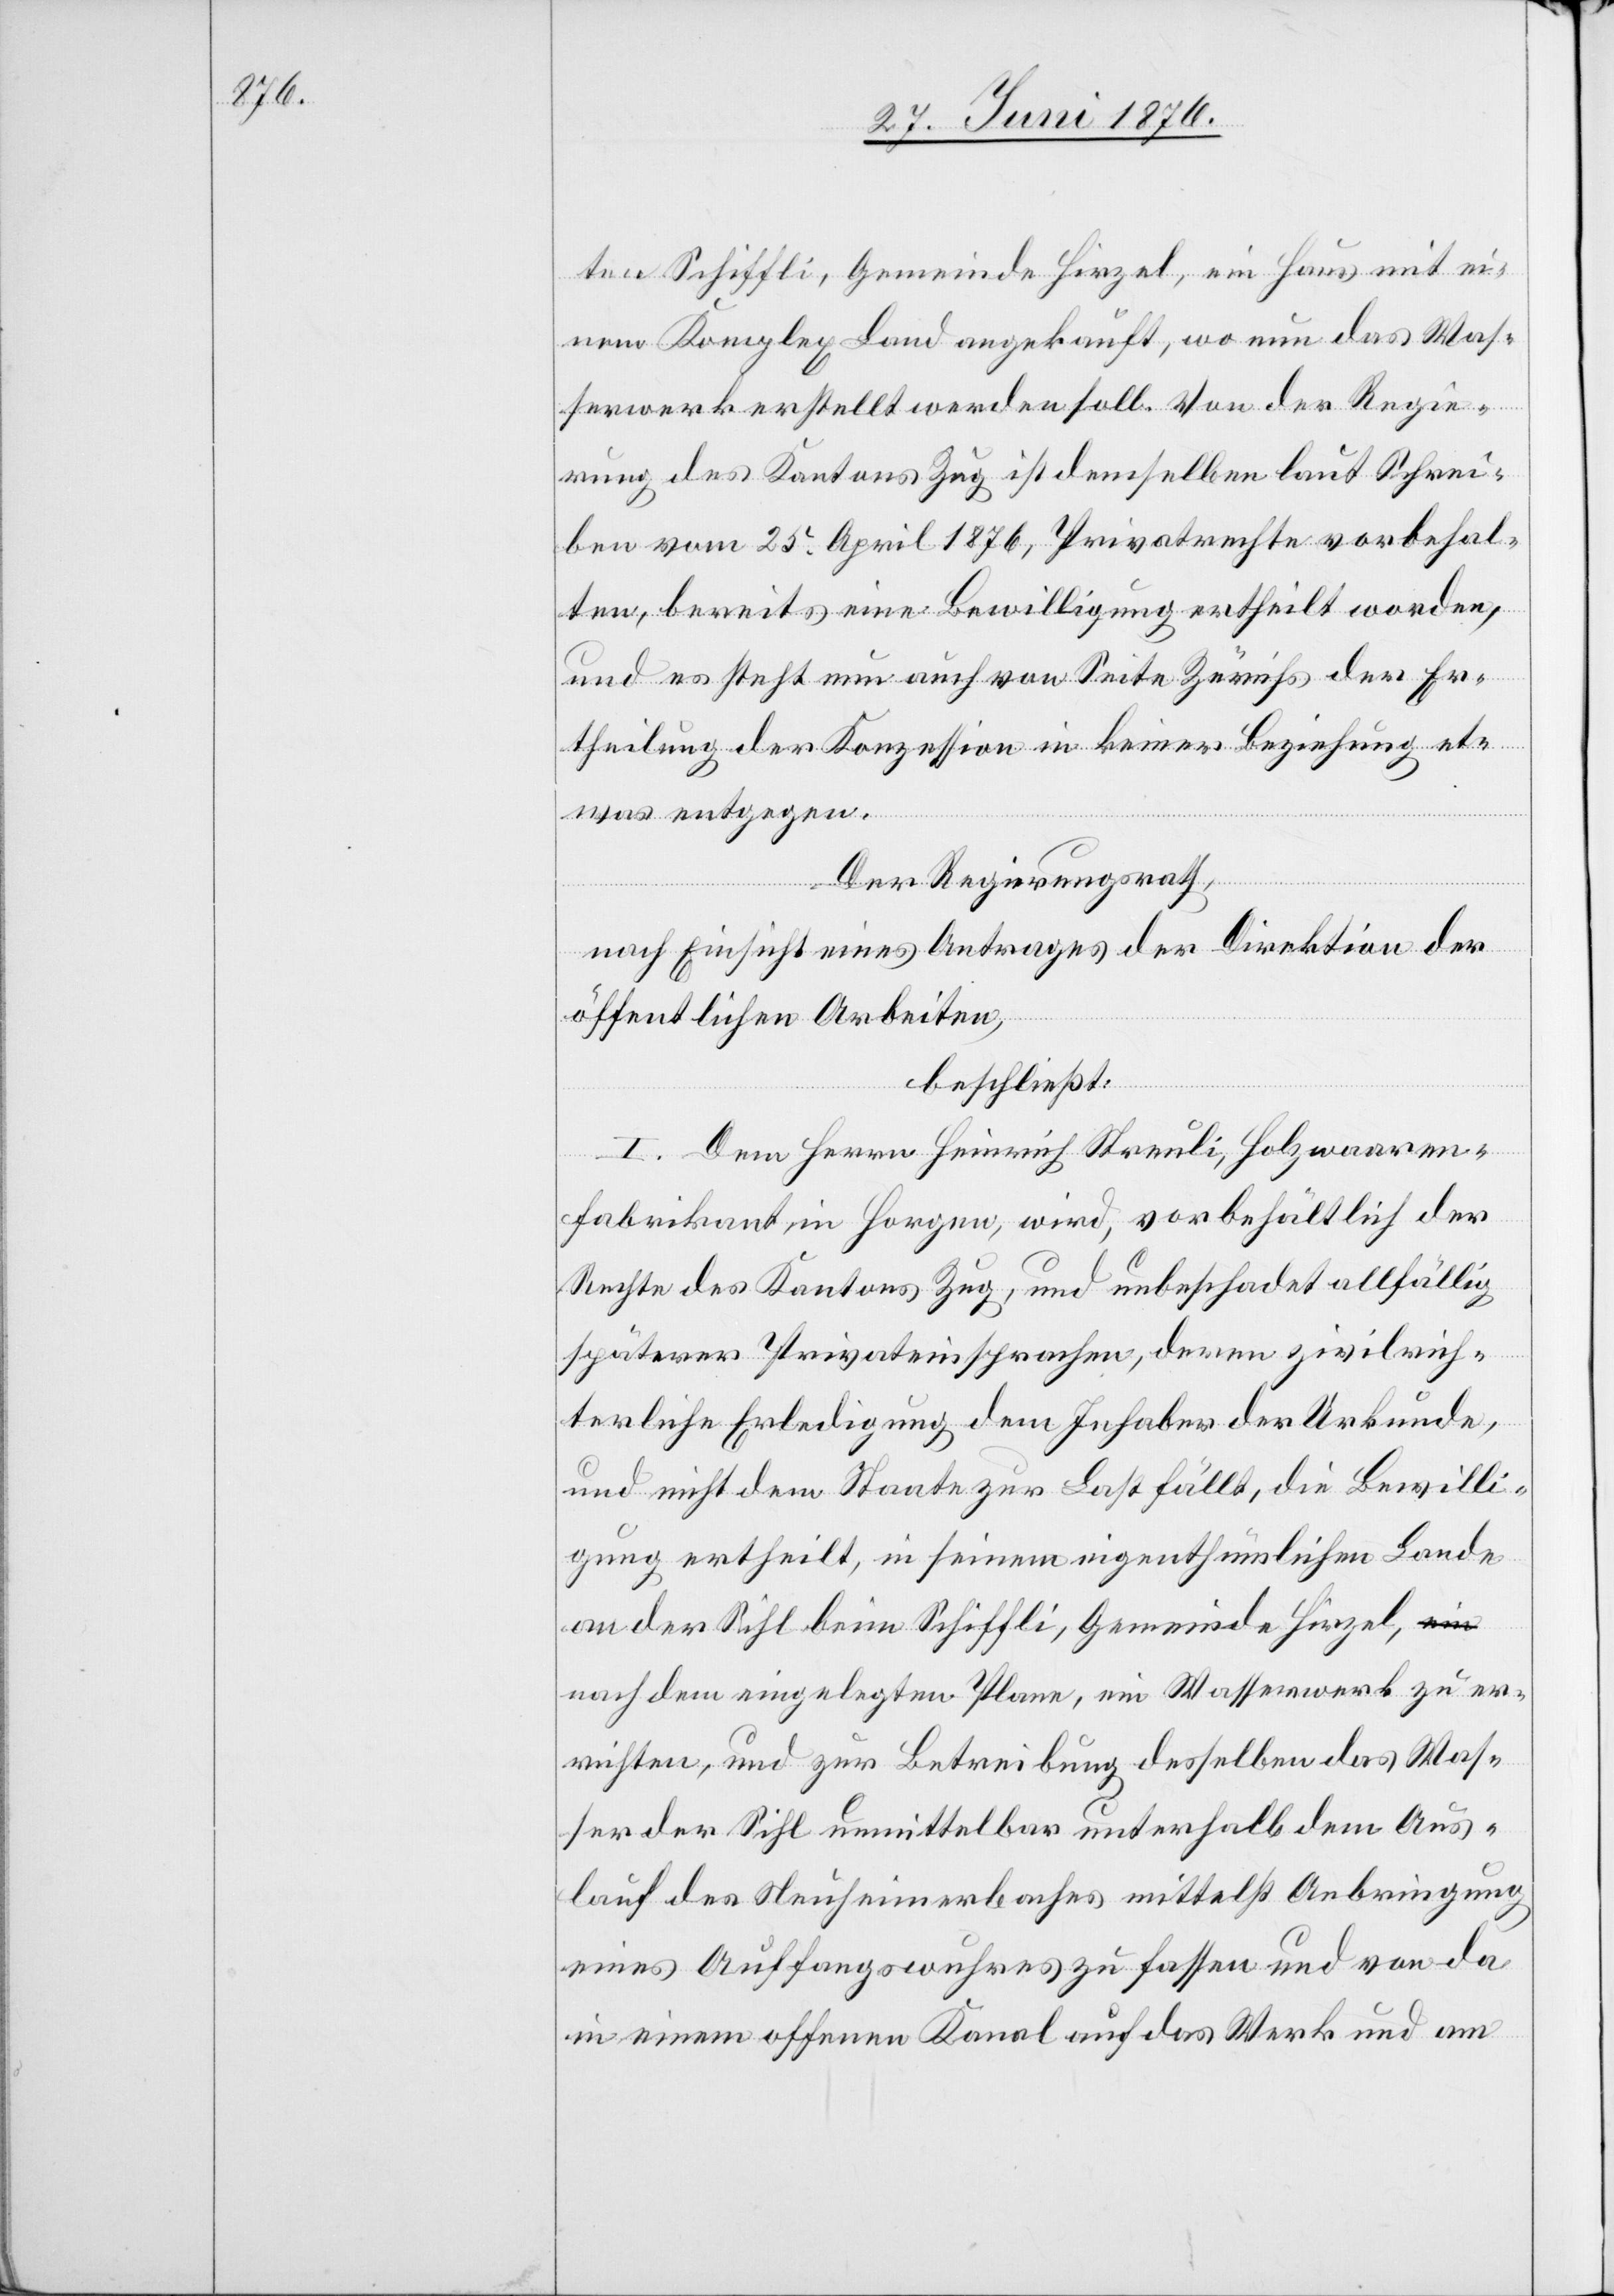
ten Schiffli, Gemeinde Hirzel, ein Haus mit ei¬
nem Komplex Land angekauft, wo nun das Was¬
serwerk erstellt werden soll. Von der Regie¬
rung des Kantons Zug ist demselben laut Schrei¬
ben vom 25. April 1876, Privatrechte vorbehal¬
ten, bereits eine Bewilligung ertheilt worden,
und es steht nun auch von Seite Zürichs der Er¬
theilung der Konzession in keiner Beziehung et¬
was entgegen.
Der Regierungsrath,
nach Einsicht eines Antrages der Direktion der
öffentlichen Arbeiten,
beschließt:
I. Dem Herrn Heinrich Streuli, Holzwaaren¬
fabrikant, in Horgen, wird, vorbehältlich der
Rechte des Kantons Zug, und unbeschadet allfällig
späterer Privateinsprachen, deren zivilrich¬
terliche Erledigung dem Inhaber der Urkunde
und nicht dem Staate zur Last fällt, die Bewilli¬
gung ertheilt, in seinem eigenthümlichen Lande
an der Sihl beim Schiffli, Gemeinde Hirzel,
nach dem eingelegten Plane, ein Wasserwerk zu er¬
richten, und zur Betreibung desselben das Was¬
ser der Sihl unmittelbar unterhalb dem Aus¬
lauf des Neuheimerbaches mittelst Anbringung
eines Auffangswuhres zu fassen und von da
in einem offenen Kanal auf das Werk und am